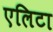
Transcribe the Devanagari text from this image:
एलिटा